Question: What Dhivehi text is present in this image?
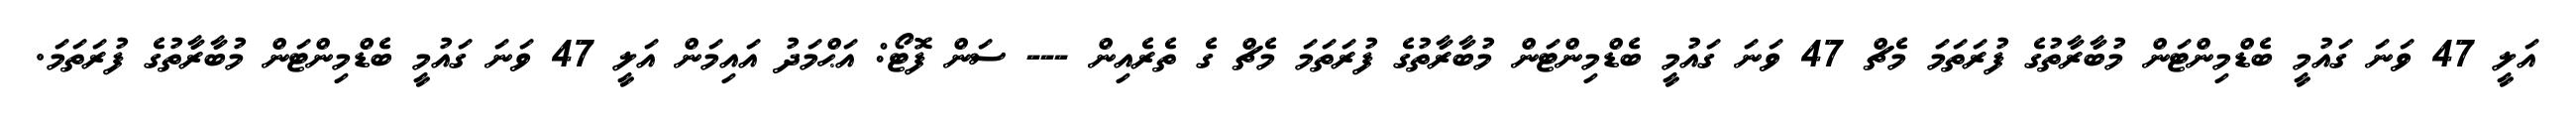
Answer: އަލީ 47 ވަނަ ގައުމީ ބެޑްމިންޓަން މުބާރާތުގެ ފުރަތަމަ މެޗް 47 ވަނަ ގައުމީ ބެޑްމިންޓަން މުބާރާތުގެ ފުރަތަމަ މެޗް ގެ ތެރެއިން --- ސަން ފޮޓޯ: އަޙްމަދު އައިމަން އަލީ 47 ވަނަ ގައުމީ ބެޑްމިންޓަން މުބާރާތުގެ ފުރަތަމަ.